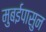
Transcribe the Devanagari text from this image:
मुबईपासुन